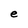
Character: e